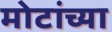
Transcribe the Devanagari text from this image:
मोटांच्या